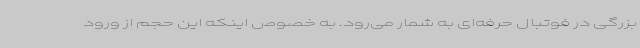
بزرگی در فوتبال حرفه‌ای به شمار می‌رود. به خصوص اینکه این حجم از ورود